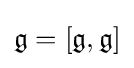
{\mathfrak {g}}=[{\mathfrak {g}},{\mathfrak {g}}]